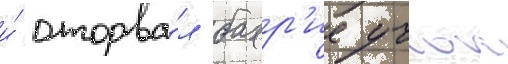
и́ оторва́л бахр'ие учок